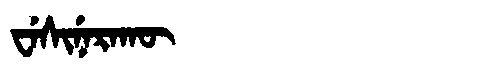
Manchu: ᠸᡝᠰᡳᠨᡝᡵᠠᡴᡡ
Romanization: WESINERAKŪ